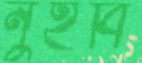
নুইবি